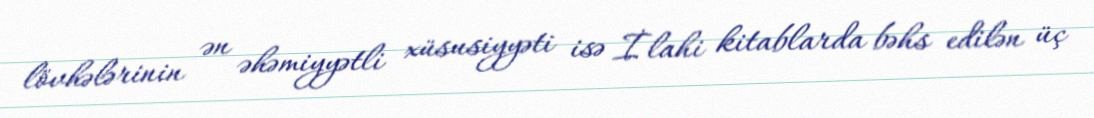
lövhələrinin ən əhəmiyyətli xüsusiyyəti isə İlahi kitablarda bəhs edilən üç